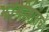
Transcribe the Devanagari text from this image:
झांझीबाराचे